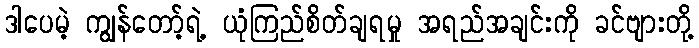
ဒါပေမဲ့ ကျွန်တော့်ရဲ့ ယုံကြည်စိတ်ချရမှု အရည်အချင်းကို ခင်ဗျားတို့